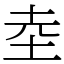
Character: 坴